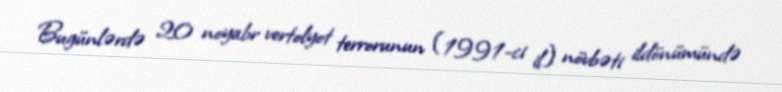
Bugünlərdə 20 noyabr vertolyot terrorunun (1991-ci il) növbəti ildönümündə